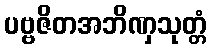
ပဗ္ဗဇိတအဘိဏှသုတ္တံ